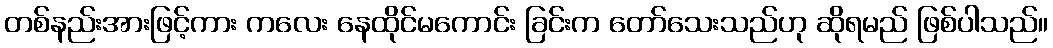
တစ်နည်းအားဖြင့်ကား ကလေး နေထိုင်မကောင်း ခြင်းက တော်သေးသည်ဟု ဆိုရမည် ဖြစ်ပါသည်။